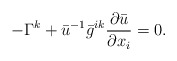
\begin{align*}-\Gamma^k+ \bar u^{-1} \bar g^{ik} \frac{\partial \bar u}{\partial x_i} =0.\end{align*}